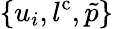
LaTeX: \{ u_{i},l^{\mathrm{c}},\tilde{p}\}